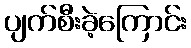
ပျက်စီးခဲ့ကြောင်း